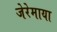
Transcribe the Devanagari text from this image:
जेरेमाया